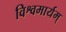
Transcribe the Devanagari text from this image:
विश्वमार्यम्‌